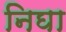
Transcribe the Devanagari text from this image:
निघा